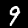
Label: 9